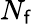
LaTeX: N_{\mathsf{f}}